Scottish Leaving Certificate Examination, 1959
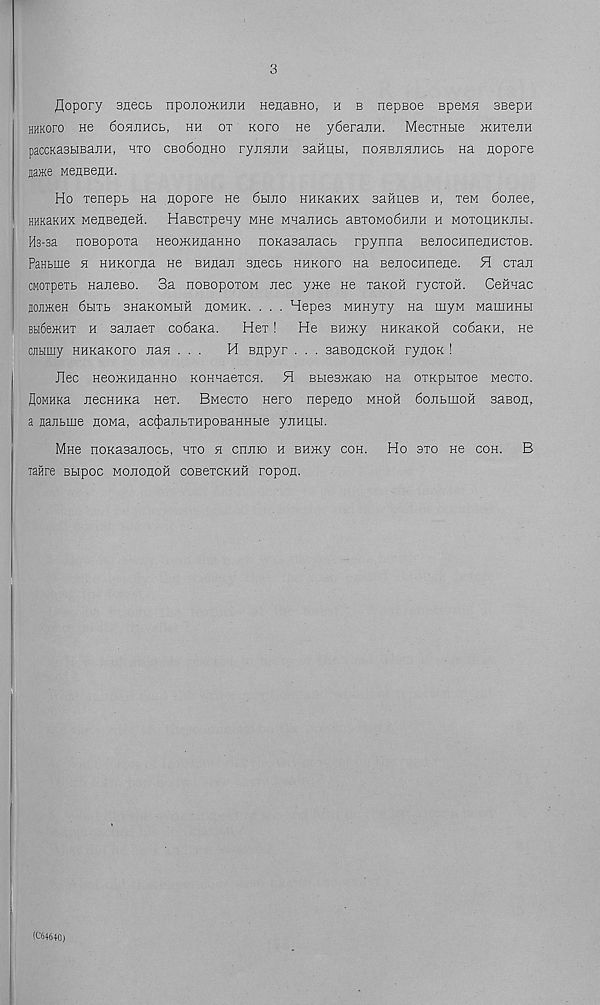
3
flopory snecb npojio>KHJiH HenaBHo, h b nepsoe speMH SBepn
HHKoro He 6osuihcb, hh ot kofo He y6eranH. MecrHbie >KHTejiH
paccKasbiBajiH, hto cbo6ohho ryjiHJiH saHHti, nosjBjisuiHCb Ha nopore
jjajKe MenBeHH.
Ho renepb na nopore He 6hjio HHKaKHX saHueB h, tbm 6ojiee,
HHKaKHX MeneeneH. HaBCTpeny mhc MHanucb aBTOMo6HJiH h MOTOUHKJibi.
Hs-sa noBopoxa HeoiKHnaHHO noKasanacb rpynna BenocHnenHCTOB.
PaHbine h HHKorna He BHnan snecb hhkofo na BenocHnene. H cran
CMOTpeib naneBO. 3a noBopoxoM nee yme He xaROH rycroH. CeHnac
sojimeH 6biTb BHaKOMbm homhk. . . . Hepes MHHyiy na myM MauiHHbi
Bbi6e>KHT h aanaeT co6aKa.
Hex! He Bumy HHKaKOH co6aKH, He
cjibimy HHKaKoro nan ...
H enpyr . . . saBoncKOH rynoK !
Jlec neoiKHnaHHO KOHHaexcn. H Bbiesmaio Ha oxKpbixoe weexo.
floMHKa necHHKa Hex. BMecxo Hero nepeno mhoh 6onbmoH saBon,
a flanbme nowa, ac^anbXHpoBaHHbie ynHqbi.
Mne noKasanocb, hxo h ennio h BHmy coh. Ho axo He coh. B
Tafire Bbipoc Mononoii cobcxckhh ropon.
(C64640)